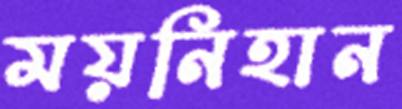
ময়নিহান